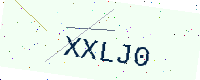
Text: XXLJ0